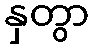
နှတွာ